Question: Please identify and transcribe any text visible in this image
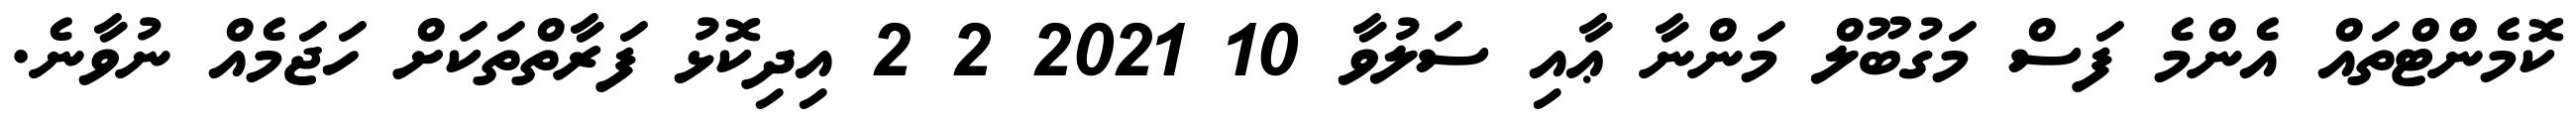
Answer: ކޮމެންޓްތައް އެންމެ ފަސް މަގުބޫލް މަންނާ ޢާއި ސަލުވާ 10 2021 2 2 އިދިކޮޅު ފަރާތްތަކަށް ހަޖަމެއް ނުވާނެ.